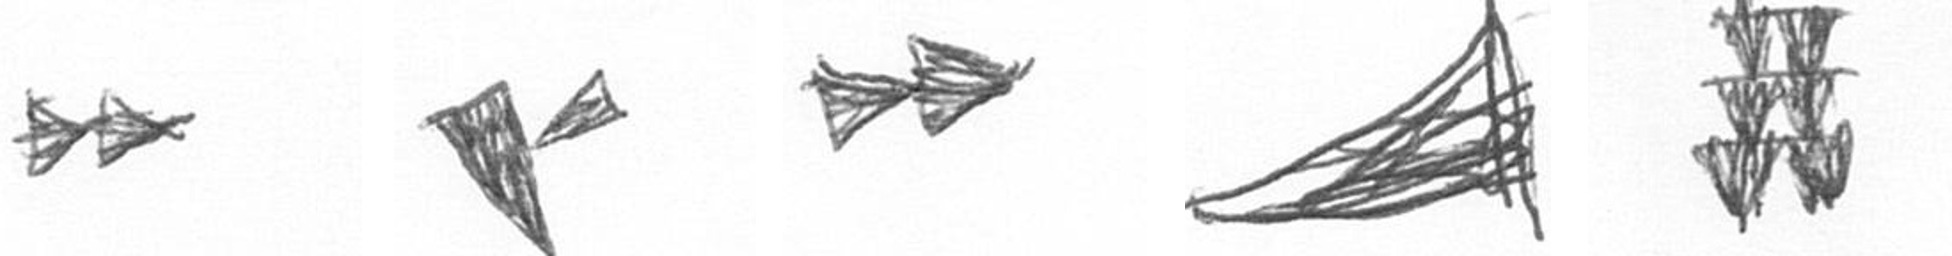
A F A O Y